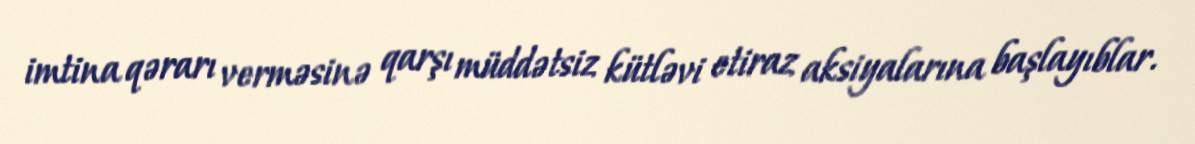
imtina qərarı verməsinə qarşı müddətsiz kütləvi etiraz aksiyalarına başlayıblar.